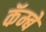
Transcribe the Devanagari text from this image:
कॅम्बे